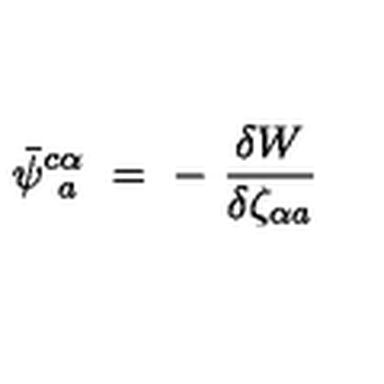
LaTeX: \bar { \psi } _ { \phantom { c } a } ^ { c \alpha } \ = \ - \ \frac { \delta W } { \delta \zeta _ { \alpha a } ^ { \phantom { \rho } } }